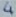
Text: 4